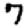
Digit: 7